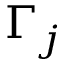
\Gamma _ { j }